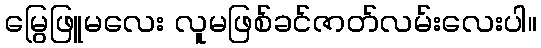
မြွေဖြူမလေး လူမဖြစ်ခင်ဇာတ်လမ်းလေးပါ။